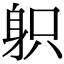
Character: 𨈪